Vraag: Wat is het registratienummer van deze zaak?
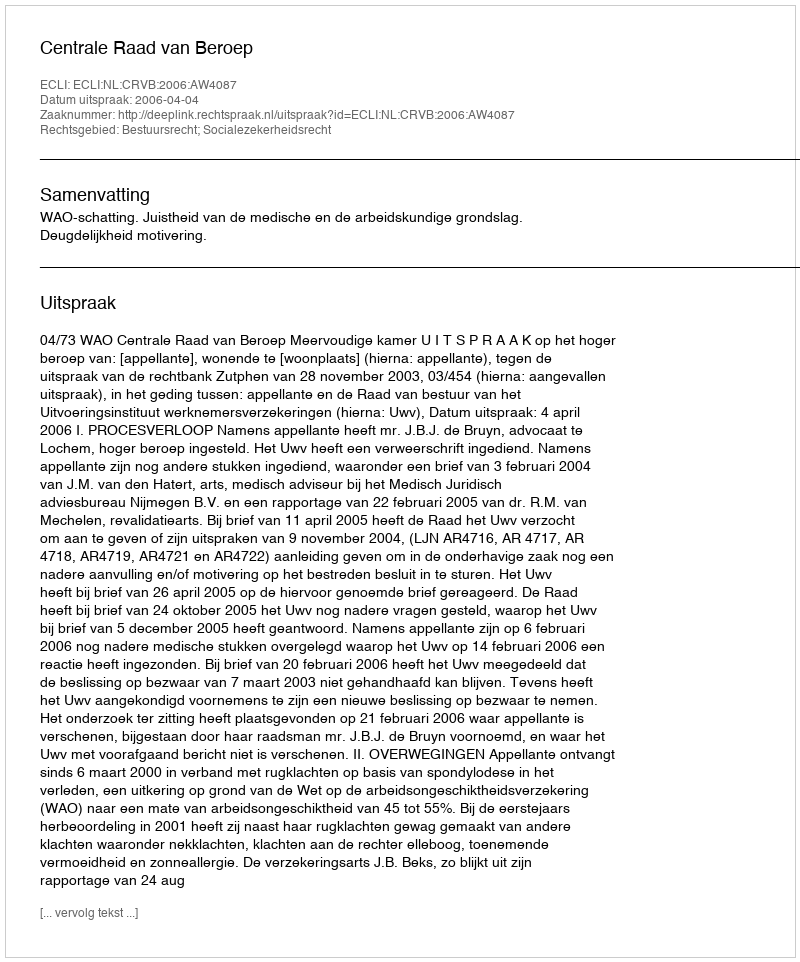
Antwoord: http://deeplink.rechtspraak.nl/uitspraak?id=ECLI:NL:CRVB:2006:AW4087